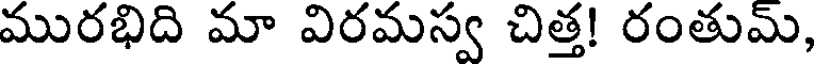
మురభిది మా విరమస్వ చిత్త! రంతుమ్,